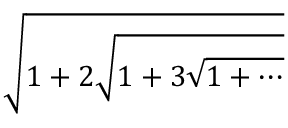
\sqrt { 1 + 2 { \sqrt { 1 + 3 { \sqrt { 1 + \cdots } } } } }